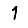
Digit: 1